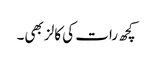
کچھ رات کی کالز بھی۔